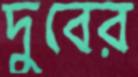
দুবের